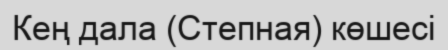
Кең дала (Степная) көшесі